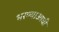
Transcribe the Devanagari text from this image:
भरण्याआधी